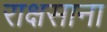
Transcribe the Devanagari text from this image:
राक्षसाना